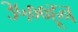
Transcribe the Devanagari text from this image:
३५००हून